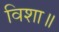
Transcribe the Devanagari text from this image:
विशा॥